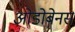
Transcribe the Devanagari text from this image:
ओडोबेनस